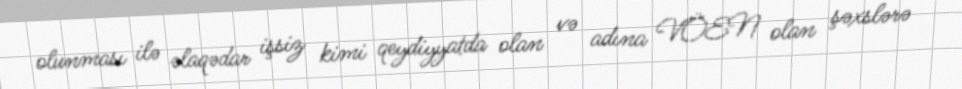
olunması ilə əlaqədar işsiz kimi qeydiyyatda olan və adına VÖEN olan şəxslərə